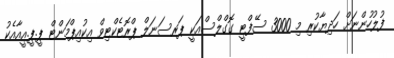
ފުލުހުންނަށް ހަދިޔާކުރި މި 3000 ސޭފްޓީ ގޮގްލްސްއަކީ ޕަރސަނަލް ޕްރޮޓެކްޓިވް އިކުއިޕްމަންޓް ޕީ.ޕީ.އީއާއެކު